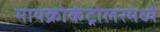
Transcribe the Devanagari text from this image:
मायक्रोकंट्रोलरमध्ये